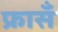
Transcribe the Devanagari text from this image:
फ्रासँ